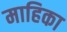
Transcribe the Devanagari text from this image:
माहिका